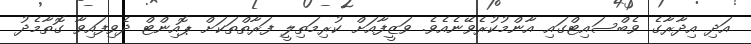
އަދި އިދާރާގެ ވެބްސައިޓްގައި އާންމުކުރެވޭނެއެވެ. ވަޒީފާއަށް ކުރިމަތިލީ ފަރާތްތަކަށް ޕޮއިންޓް ދެވިފައިވާ ގޮތާމެދު